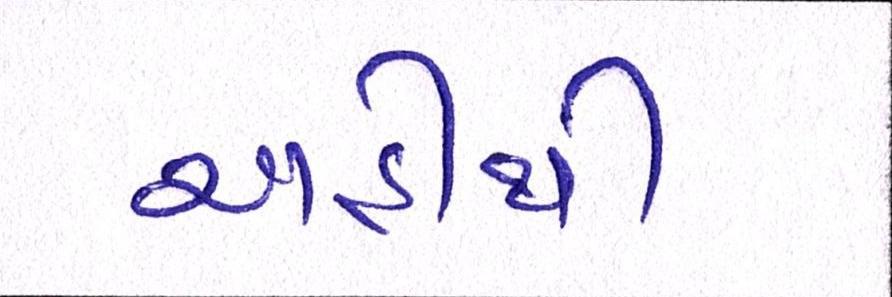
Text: અહીંથી